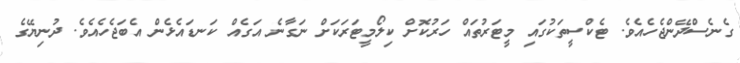
ގެނެސްދޭންޖެހެއެވެ. ޓެކްސީތަކުގައި މީޓަރުތައް ހަރުކޮށް ކިލޯމީޓަރަކަށް ނަގާނެ އަގެއް ކަނޑައެޅެން އެބަޖެހެއެވެ. ދުނިޔޭގެ